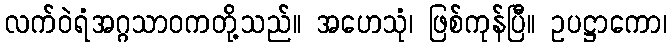
လက်ဝဲရံအဂ္ဂသာဝကတို့သည်။ အဟေသုံ၊ ဖြစ်ကုန်ပြီ။ ဥပဋ္ဌာကော၊